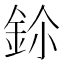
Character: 鉩